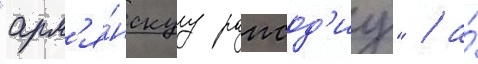
"арм'я́нскуу рапсод'иу" / а́